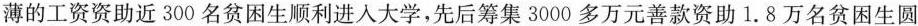
薄的工资资助近300名贫困生顺利进人大学，先后筹集3000多万元善款资助1.8万名贫困生圆